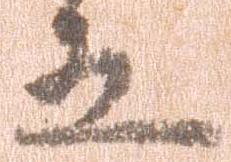
五